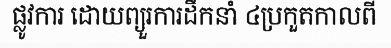
ផ្លូវការ ដោយព្យួរការដឹកនាំ ៤ប្រកួតកាលពី